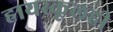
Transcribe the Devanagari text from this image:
हायस्कूलही